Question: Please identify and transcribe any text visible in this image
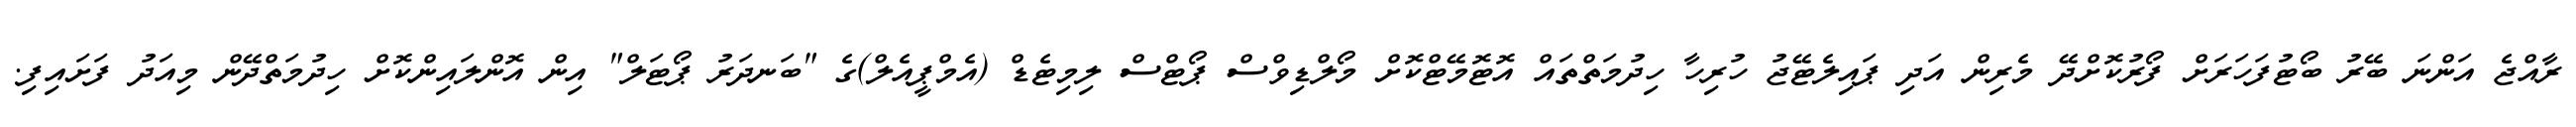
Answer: ރާއްޖެ އަންނަ ބޭރު ބޯޓުފަހަރަށް ފޯރުކޮށްދޭ މެރިން އަދި ޕައިލެޓޭޖު ހުރިހާ ހިދުމަތްތައް އޮޓޮމޭޓްކޮށް މޯލްޑިވްސް ޕޯޓްސް ލިމިޓެޑް (އެމްޕީއެލް)ގެ "ބަނދަރު ޕޯޓަލް" އިން އޮންލައިންކޮށް ހިދުމަތްދޭން މިއަދު ފަށައިފި.